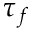
\tau _ { f }